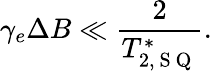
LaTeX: \gamma_{e}\Delta B\ll\frac{2}{T_{2,\mathrm{~S~Q~}}^{*}}.